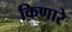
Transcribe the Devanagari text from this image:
किणारे